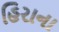
હિરાના